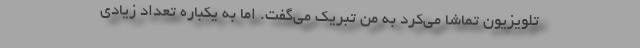
تلویزیون تماشا می‌کرد به من تبریک می‌گفت. اما به یکباره تعداد زیادی